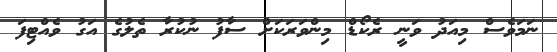
ނަމަވެސް މިއަދު ވަނީ ރެކޯޑް މިންވަރަކަށް ސާފު ނުކުރާ ތެލުގެ އަގު ވެއްޓިފަ